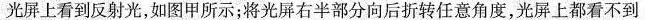
可在光屏上看到反射光，如图甲所示；将光屏右半部分向后折转任意角度，光屏上都看不到